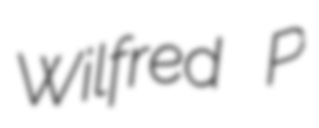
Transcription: Wilfred P